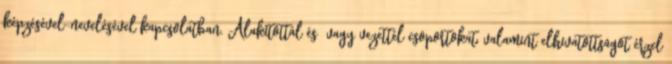
képzésével-nevelésével kapcsolatban. Alakítottál és vagy vezettél csoportokat, valamint elhivatottságot érzel